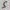
Text: 5